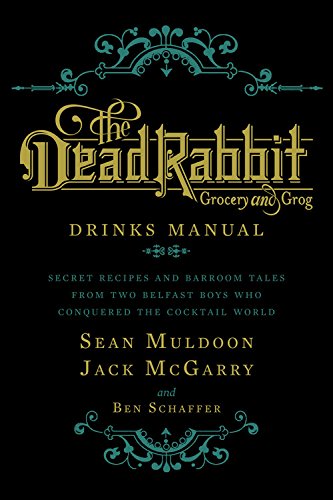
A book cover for The Dead Rabbit Drinks Manual: Secret Recipes and Barroom Tales from Two Belfast Boys Who Conquered the Cocktail World; Sean Muldoon; Cookbooks, Food & Wine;